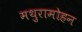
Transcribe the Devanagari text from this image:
मथुरामोहन